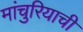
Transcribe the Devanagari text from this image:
मांचुरियाची